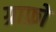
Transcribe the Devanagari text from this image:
ग्राफ़ो